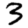
Digit: 3